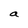
Character: a